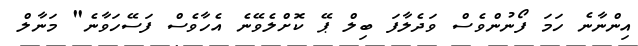
އިންނާނެ ހަމަ ފޯނުންވެސް ވަދެލާފަ ބިލް ޕޭ ކޮށްލެވޭނެ އެހާވެސް ފަސޭހަވާނެ" މަނާލް